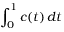
\int _ { 0 } ^ { 1 } c ( t ) \, d t